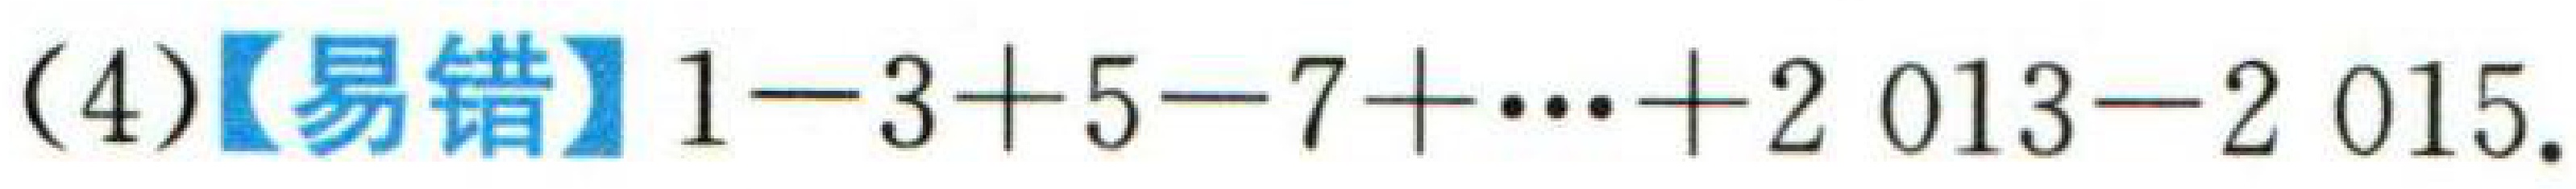
(4)【易错】\(1 - 3 + 5 - 7+\cdots+2\ 013 - 2\ 015\).